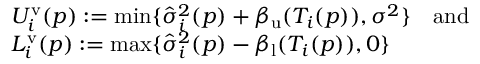
\begin{array} { r l } & { U _ { i } ^ { \mathrm { v } } ( p ) : = \operatorname* { m i n } \{ \hat { \sigma } _ { i } ^ { 2 } ( p ) + \beta _ { \mathrm { u } } ( T _ { i } ( p ) ) , \sigma ^ { 2 } \} \quad \mathrm { a n d } } \\ & { L _ { i } ^ { \mathrm { v } } ( p ) : = \operatorname* { m a x } \{ \hat { \sigma } _ { i } ^ { 2 } ( p ) - \beta _ { \mathrm { l } } ( T _ { i } ( p ) ) , 0 \} } \end{array}